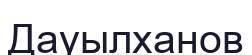
Дауылханов